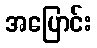
အပြောင်း